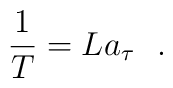
{1 \over T} = L a_{\tau}~~.